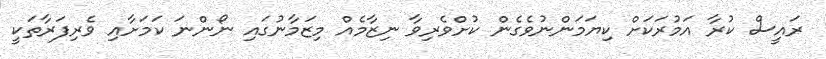
ރައީސް ކުރާ އަމުރަކަށް ކިޔަމަންނުވެގެން ކުށްވެރިވާ ނިޒާމެއް މިޒަމާނުގައި ނޯންނަ ކަމަށާއި ވެރިފަރާތަކީ